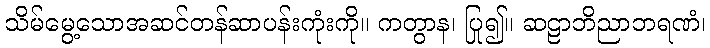
သိမ်မွေ့သောအဆင်တန်ဆာပန်းကုံးကို။ ကတွာန၊ ပြု၍။ ဆဠာဘိညာဘရဏံ၊